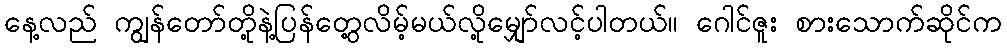
နေ့လည် ကျွန်တော်တို့နဲ့ပြန်တွေ့လိမ့်မယ်လို့မျှော်လင့်ပါတယ်။ ဂေါင်ဇူး စားသောက်ဆိုင်က